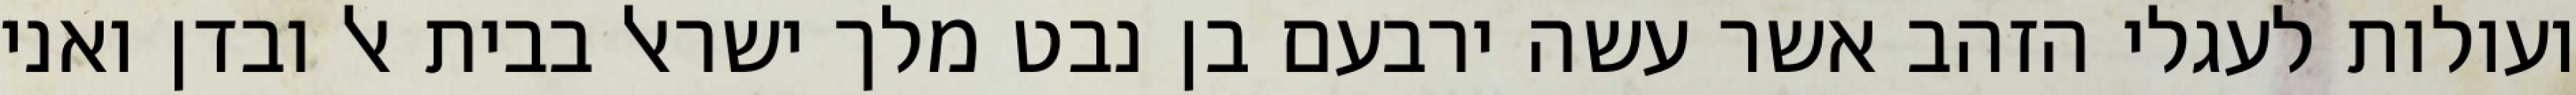
ועולות לעגלי הזהב אשר עשה ירבעם בן נבט מלך ישראל בבית אל ובדן ואני